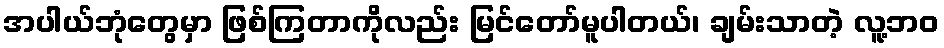
အပါယ်ဘုံတွေမှာ ဖြစ်ကြတာကိုလည်း မြင်တော်မူပါတယ်၊ ချမ်းသာတဲ့ လူ့ဘဝ